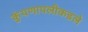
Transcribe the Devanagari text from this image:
कुंपणापलीकडले